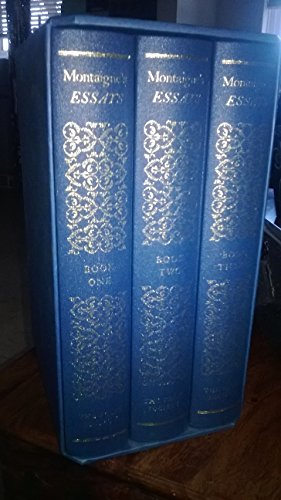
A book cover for Montaigne's Essays (3 Vol.); John Florio; Politics & Social Sciences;